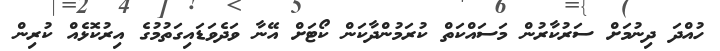
ހުއްދަ ދިނުމަށް ސަރުކާރުން މަސައްކަތް ކުރަމުންދާކަން ކޯޓަށް އޭނާ ވަދެވަޑައިގަތުމުގެ އިރުކޮޅެއް ކުރިން